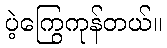
ပဲ့ကြွေကုန်တယ်။